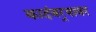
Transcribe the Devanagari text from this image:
कादंबर्‍यावर